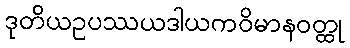
ဒုတိယဥပဿယဒါယကဝိမာနဝတ္ထု